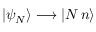
\begin{array} { r } { | \psi _ { N } \rangle \longrightarrow | N \, n \rangle } \end{array}